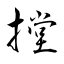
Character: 摚